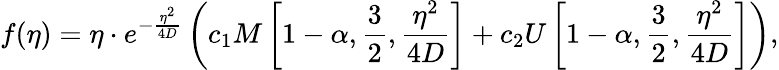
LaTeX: f(\eta)=\eta\cdot e^{-\frac{\eta^{2}}{4D}}\left(c_{1}M\left[1-\alpha,\frac{3}{2},\frac{\eta^{2}}{4D}\right]+c_{2}U\left[1-\alpha,\frac{3}{2},\frac{\eta^{2}}{4D}\right]\right),